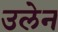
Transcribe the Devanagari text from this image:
उलेन